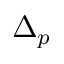
\Delta _ { p }